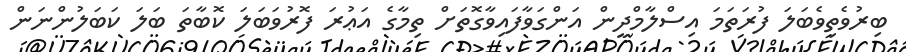
ބިރުވެތިވެބަލަ ފުރަތަމަ އިސްލާމްދީން އަންގަވާފައިވާގޮތަށް ތިމާގެ އަޢުރަ ފޮރުވަބަލަ ކޮބާތަ ބަލަ ކަބަލުންނަން